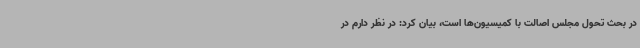
در بحث تحول مجلس اصالت با کمیسیون‌ها است، بیان کرد: در نظر دارم در